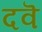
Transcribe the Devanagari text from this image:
दवॆ